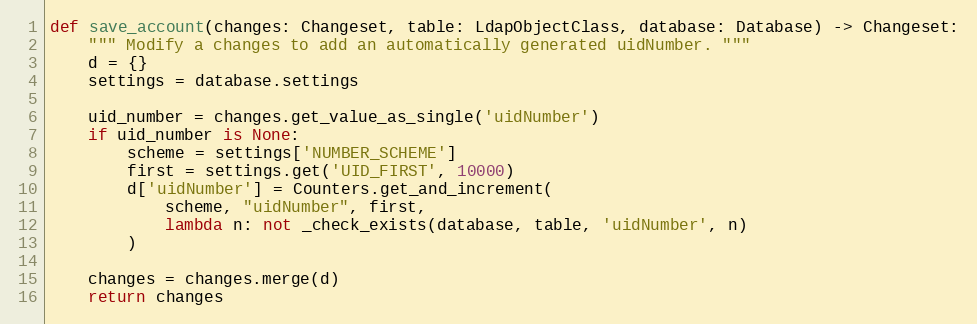
Language: Python
def save_account(changes: Changeset, table: LdapObjectClass, database: Database) -> Changeset:
    """ Modify a changes to add an automatically generated uidNumber. """
    d = {}
    settings = database.settings

    uid_number = changes.get_value_as_single('uidNumber')
    if uid_number is None:
        scheme = settings['NUMBER_SCHEME']
        first = settings.get('UID_FIRST', 10000)
        d['uidNumber'] = Counters.get_and_increment(
            scheme, "uidNumber", first,
            lambda n: not _check_exists(database, table, 'uidNumber', n)
        )

    changes = changes.merge(d)
    return changes